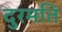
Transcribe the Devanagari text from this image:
दुरमति